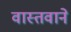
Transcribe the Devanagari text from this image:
वास्तवाने